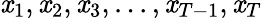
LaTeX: \mathit{x}_{1},\mathit{x}_{2},\mathit{x}_{3},...,\mathit{x}_{T-1},\mathit{x}_{T}